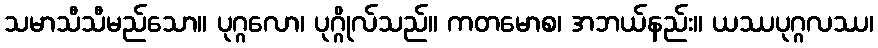
သမာသီသီမည်သော။ ပုဂ္ဂလော၊ ပုဂ္ဂိုလ်သည်။ ကတမောစ၊ အဘယ်နည်း။ ယဿပုဂ္ဂလဿ၊